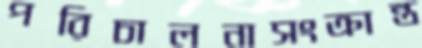
পরিচালনাসংক্রান্ত